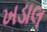
ખડાલ